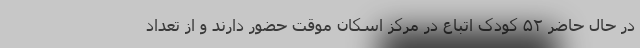
در حال حاضر ۵۲ کودک اتباع در مرکز اسکان موقت حضور دارند و از تعداد